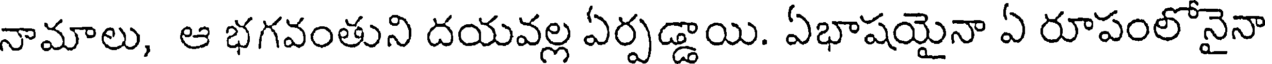
నామాలు, ఆ భగవంతుని దయవల్ల ఏర్పడ్డాయి. ఏభాషయైనా ఏ రూపంలోనైనా